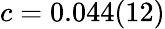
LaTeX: c=0.044(12)